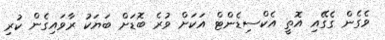
ވެގެން ގެގޭއި އޮތީ އެކްސިޑެންޓް އަކަށް ވުރެ ބޮޑަށް ބަޔަކު ރާވައިގެން ކުރި